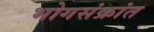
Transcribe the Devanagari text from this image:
भोगसंक्रांत